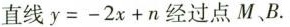
直线$$y = - 2 x + n$$经过点M、B。